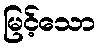
မြင့်သော